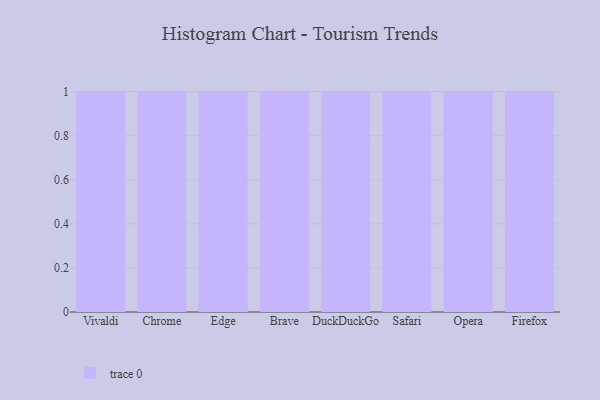
{"axis": {"x": "Browser", "y": "Production Output"}, "legend": [""], "data": [{"x": "Vivaldi", "y": 35, "type": ""}, {"x": "Chrome", "y": 96, "type": ""}, {"x": "Edge", "y": 76, "type": ""}, {"x": "Brave", "y": 25, "type": ""}, {"x": "DuckDuckGo", "y": 30, "type": ""}, {"x": "Safari", "y": 28, "type": ""}, {"x": "Opera", "y": 11, "type": ""}, {"x": "Firefox", "y": 26, "type": ""}]}